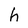
Character: h